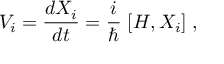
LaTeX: V _ { i } = \frac { d X _ { i } } { d t } = \frac { i } { \hbar } \; { [ } H , X _ { i } { ] } \; ,